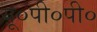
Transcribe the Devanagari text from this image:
यू०पी०पी०